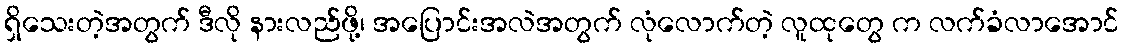
ရှိသေးတဲ့အတွက် ဒီလို နားလည်ဖို့၊ အပြောင်းအလဲအတွက် လုံလောက်တဲ့ လူထုတွေ က လက်ခံလာအောင်